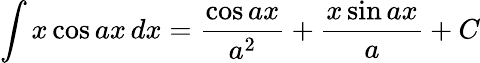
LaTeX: \int x\cos ax\, dx={\frac{\cos ax}{a^{2}}}+{\frac{x\sin ax}{a}}+C